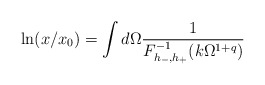
\begin{align*}\ln (x / x_0 ) = \int d \Omega \frac{1}{ F_{h_- , h_+ }^{-1} ( k \Omega^{1 + q } ) }\end{align*}